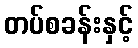
တပ်စခန်းနှင့်